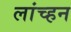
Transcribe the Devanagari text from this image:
लांच्हन